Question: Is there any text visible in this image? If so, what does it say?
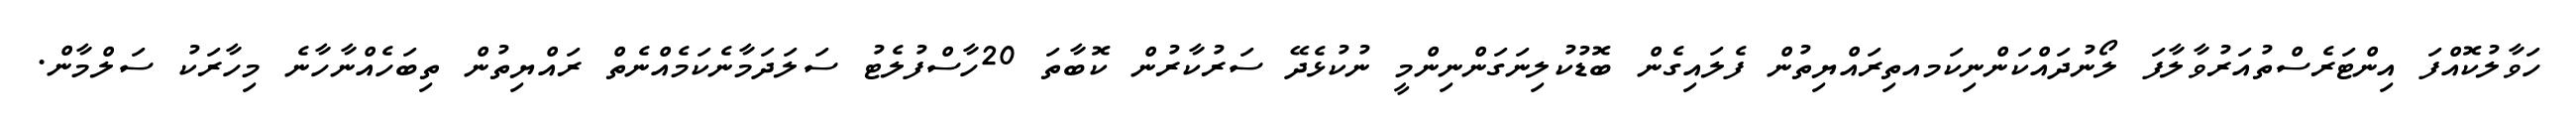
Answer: ހަވާލުކޮއްފަ އިންޓަރެސްތުއަރުވާލާފަ ލޯނުދައްކަންނިކަމއތިރައްޔިތުން ފެލައިގެން ބޮޑުކުލިނަގަންނިންމީ ނުކުޅެދޭ ސަރުކާރުން ކޮބާތަ 20ހާސްފުލެޓު ސަލަދަމާނެކަމެއްނެތް ރައްޔިތުން ތިބަހެއްނާހާނެ މިހާރަކު ސަލްމާން.